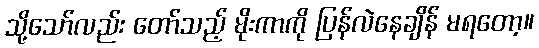
သို့သော်လည်း တော်သည့် မိုးကာကို ပြန်လဲနေချိန် မရတော့။